画像に写った文字を読んでください
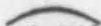
「(」と書いてあります